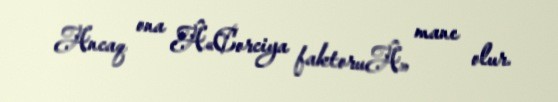
Ancaq ona Â«Corciya faktoruÂ» mane olur.